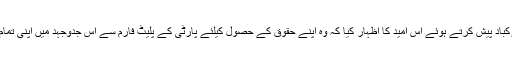
مقررین نے نئے شامل ہونیوالوں کو مبارکباد پیش کرتے ہوئے اس امید کا اظہار کیا کہ وہ اپنے حقوق کے حصول کیلئے پارٹی کے پلیٹ فارم سے اس جدوجہد میں اپنی تمام تر صلاحیتوں کو بروئے کار لائینگے ۔